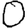
Digit: 0